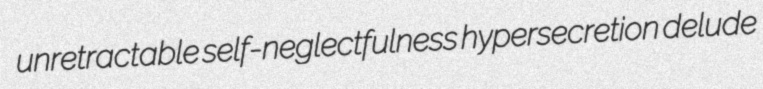
unretractable self-neglectfulness hypersecretion delude